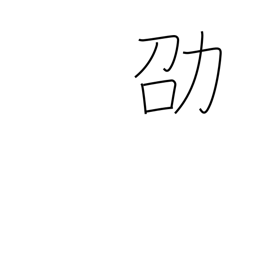
Meaning: recommend